Civil Veterinary Dept. North-West Frontier Province 1923-32 - 1923-1932
Year: 1923
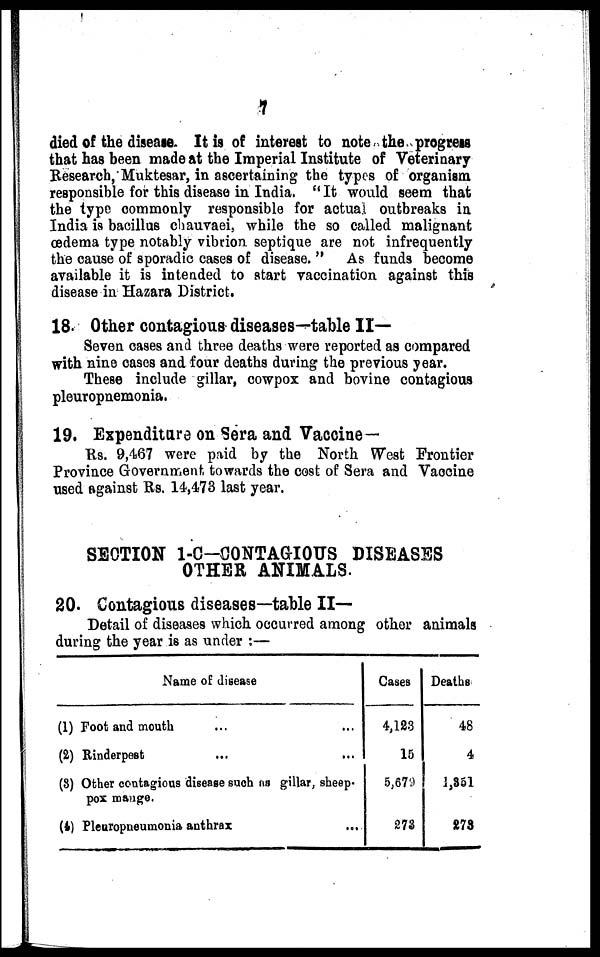
7
died of the disease. It is of interest to note the progress
that has been made at the Imperial Institute of Veterinary
Research, Muktesar, in ascertaining the types of organism
responsible for this disease in India. " It would seem that
the type commonly responsible for actual outbreaks in
India is bacillus chauvaei, while the so called malignant
œdema type notably vibrion septique are not infrequently
the cause of sporadic cases of disease. " As funds become
available it is intended to start vaccination against this
disease in Hazara District.
18. Other contagious diseases—table II—
Seven cases and three deaths were reported as compared
with nine cases and four deaths during the previous year.
These include gillar, cowpox and bovine contagious
pleuropnemonia.
19. Expenditure on Sera and Vaccine —
Rs. 9,467 were paid by the North West Frontier
Province Government towards the cost of Sera and Vaccine
used against Rs. 14,473 last year.
SECTION 1-C-CONTAGIOUS DISEASES
OTHER ANIMALS.
20. Contagious diseases—table II—
Detail of diseases which occurred among other animals
during the year is as under :—
Name of disease
(1) Foot and mouth ... ...
(2) Rinderpest ... ...
(3) Other contagious disease such as gillar, sheep-
pox mange.
(4) Pleuropneumonia anthrax ...
Cases
4,123
15
5,679
273
Deaths
48
4
1,351
273